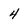
Character: 4